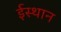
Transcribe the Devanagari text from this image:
ईस्थान